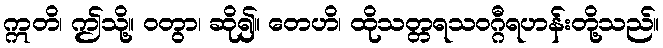
ဣတိ၊ ဤသို့။ ဝတွာ၊ ဆို၍။ တေဟိ၊ ထိုသတ္တရသဝဂ္ဂီရဟန်းတို့သည်။